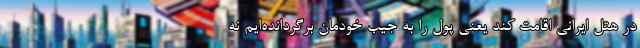
در هتل ایرانی اقامت کند یعنی پول را به جیب خودمان برگردانده‌ایم نه